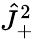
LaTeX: \hat{J}_{+}^{2}